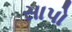
સાપો